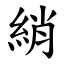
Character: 綃